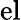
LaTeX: \mathrm{el}